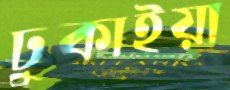
ঢুকাইয়া